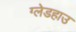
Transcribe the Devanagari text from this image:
ग्लेडहाउ